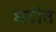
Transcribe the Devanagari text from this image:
घटीत